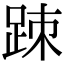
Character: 䟱